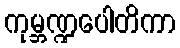
ကုမ္ဘဏ္ဍပေါတိကာ